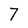
Character: 7